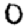
Digit: 0